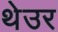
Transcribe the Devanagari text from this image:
थेउर